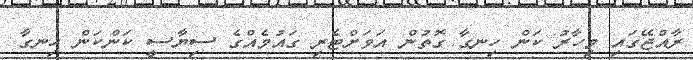
ރާއްޖޭގައި މިހާރު ކަން ހިނގާ ގޮތުން އަވަށްޓެރި ގައުމެއްގެ ސިޔާސީ ކަންކަން ހިނގާ